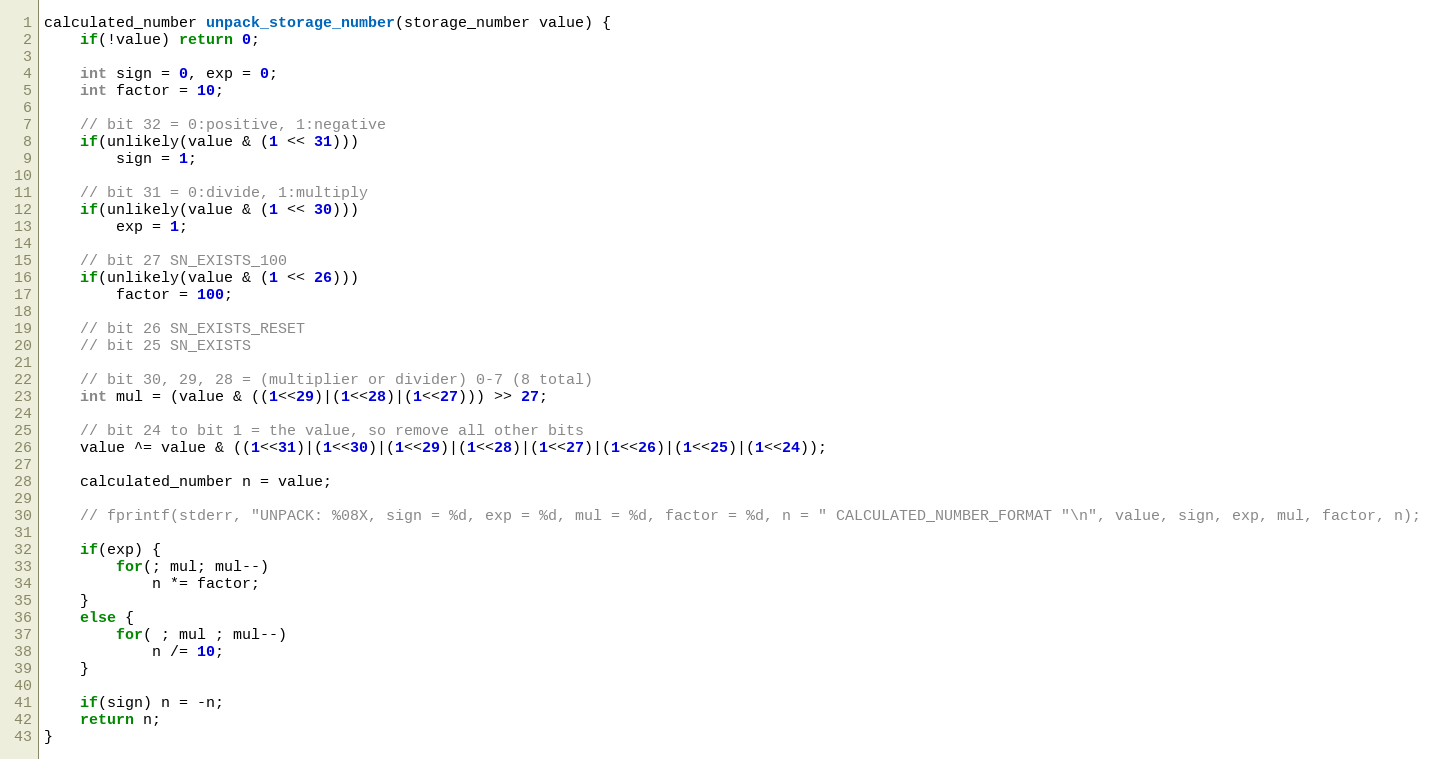
Language: C
calculated_number unpack_storage_number(storage_number value) {
    if(!value) return 0;

    int sign = 0, exp = 0;
    int factor = 10;

    // bit 32 = 0:positive, 1:negative
    if(unlikely(value & (1 << 31)))
        sign = 1;

    // bit 31 = 0:divide, 1:multiply
    if(unlikely(value & (1 << 30)))
        exp = 1;

    // bit 27 SN_EXISTS_100
    if(unlikely(value & (1 << 26)))
        factor = 100;

    // bit 26 SN_EXISTS_RESET
    // bit 25 SN_EXISTS

    // bit 30, 29, 28 = (multiplier or divider) 0-7 (8 total)
    int mul = (value & ((1<<29)|(1<<28)|(1<<27))) >> 27;

    // bit 24 to bit 1 = the value, so remove all other bits
    value ^= value & ((1<<31)|(1<<30)|(1<<29)|(1<<28)|(1<<27)|(1<<26)|(1<<25)|(1<<24));

    calculated_number n = value;

    // fprintf(stderr, "UNPACK: %08X, sign = %d, exp = %d, mul = %d, factor = %d, n = " CALCULATED_NUMBER_FORMAT "\n", value, sign, exp, mul, factor, n);

    if(exp) {
        for(; mul; mul--)
            n *= factor;
    }
    else {
        for( ; mul ; mul--)
            n /= 10;
    }

    if(sign) n = -n;
    return n;
}